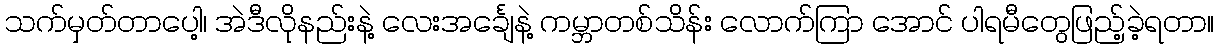
သက်မှတ်တာပေါ့၊ အဲဒီလိုနည်းနဲ့ လေးအင်္ချေနဲ့ ကမ္ဘာတစ်သိန်း လောက်ကြာ အောင် ပါရမီတွေဖြည့်ခဲ့ရတာ။